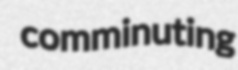
comminuting